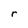
Character: r